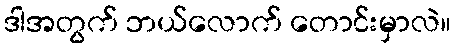
ဒါအတွက် ဘယ်လောက် တောင်းမှာလဲ။